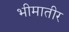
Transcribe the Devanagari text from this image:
भीमातीर